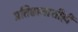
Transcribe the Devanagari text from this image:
प्रतिष्ठानाशीही